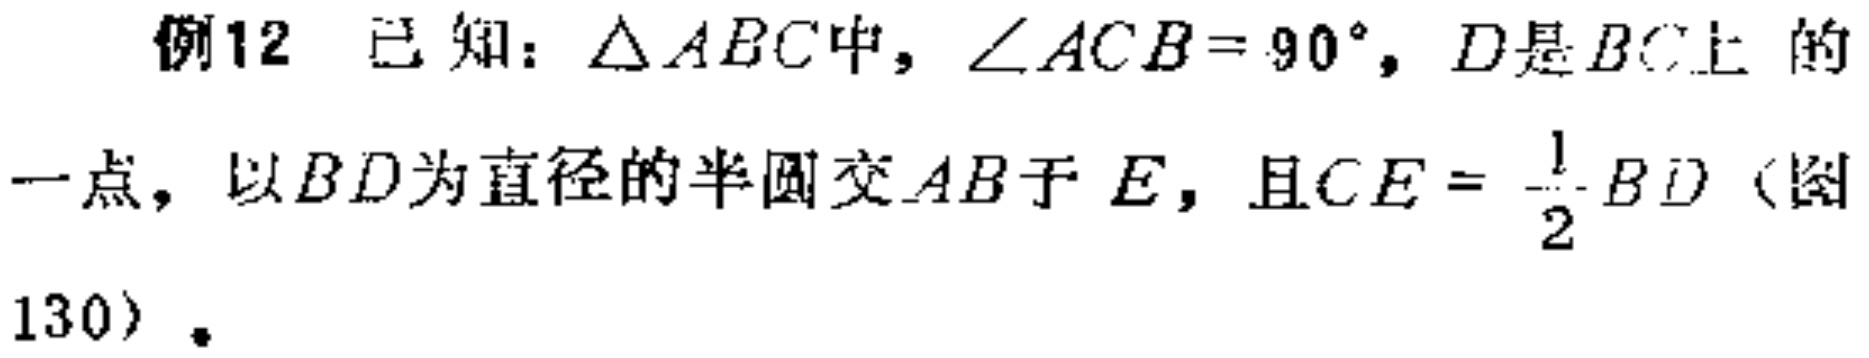
例12 已知：$\triangle ABC$中，$\angle ACB = 90^{\circ}$，$D$是$BC$上的一点，以$BD$为直径的半圆交$AB$于$E$，且$CE = \frac{1}{2}BD$（图130）。